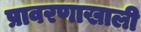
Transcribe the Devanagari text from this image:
प्रावरणाखाली